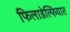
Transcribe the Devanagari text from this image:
फिलाडेल्फियात